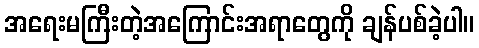
အရေးမကြီးတဲ့အကြောင်းအရာတွေကို ချန်ပစ်ခဲ့ပါ။